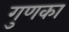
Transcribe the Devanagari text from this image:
गुणका